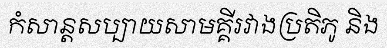
កំសាន្តសប្បាយសាមគ្គីរវាងប្រតិភូ និង